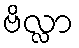
ဗိလ္လာ